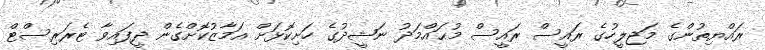
ރައްޔިތުންގެ މަޖލީހުގެ ރައީސް ރައީސް މުޙައްމަދު ނަޝީދުގެ ހަށިކޮޅަށް އަމާޒުކޮށްގެން ދީފައިވާ ޓެރަރިސްޓް